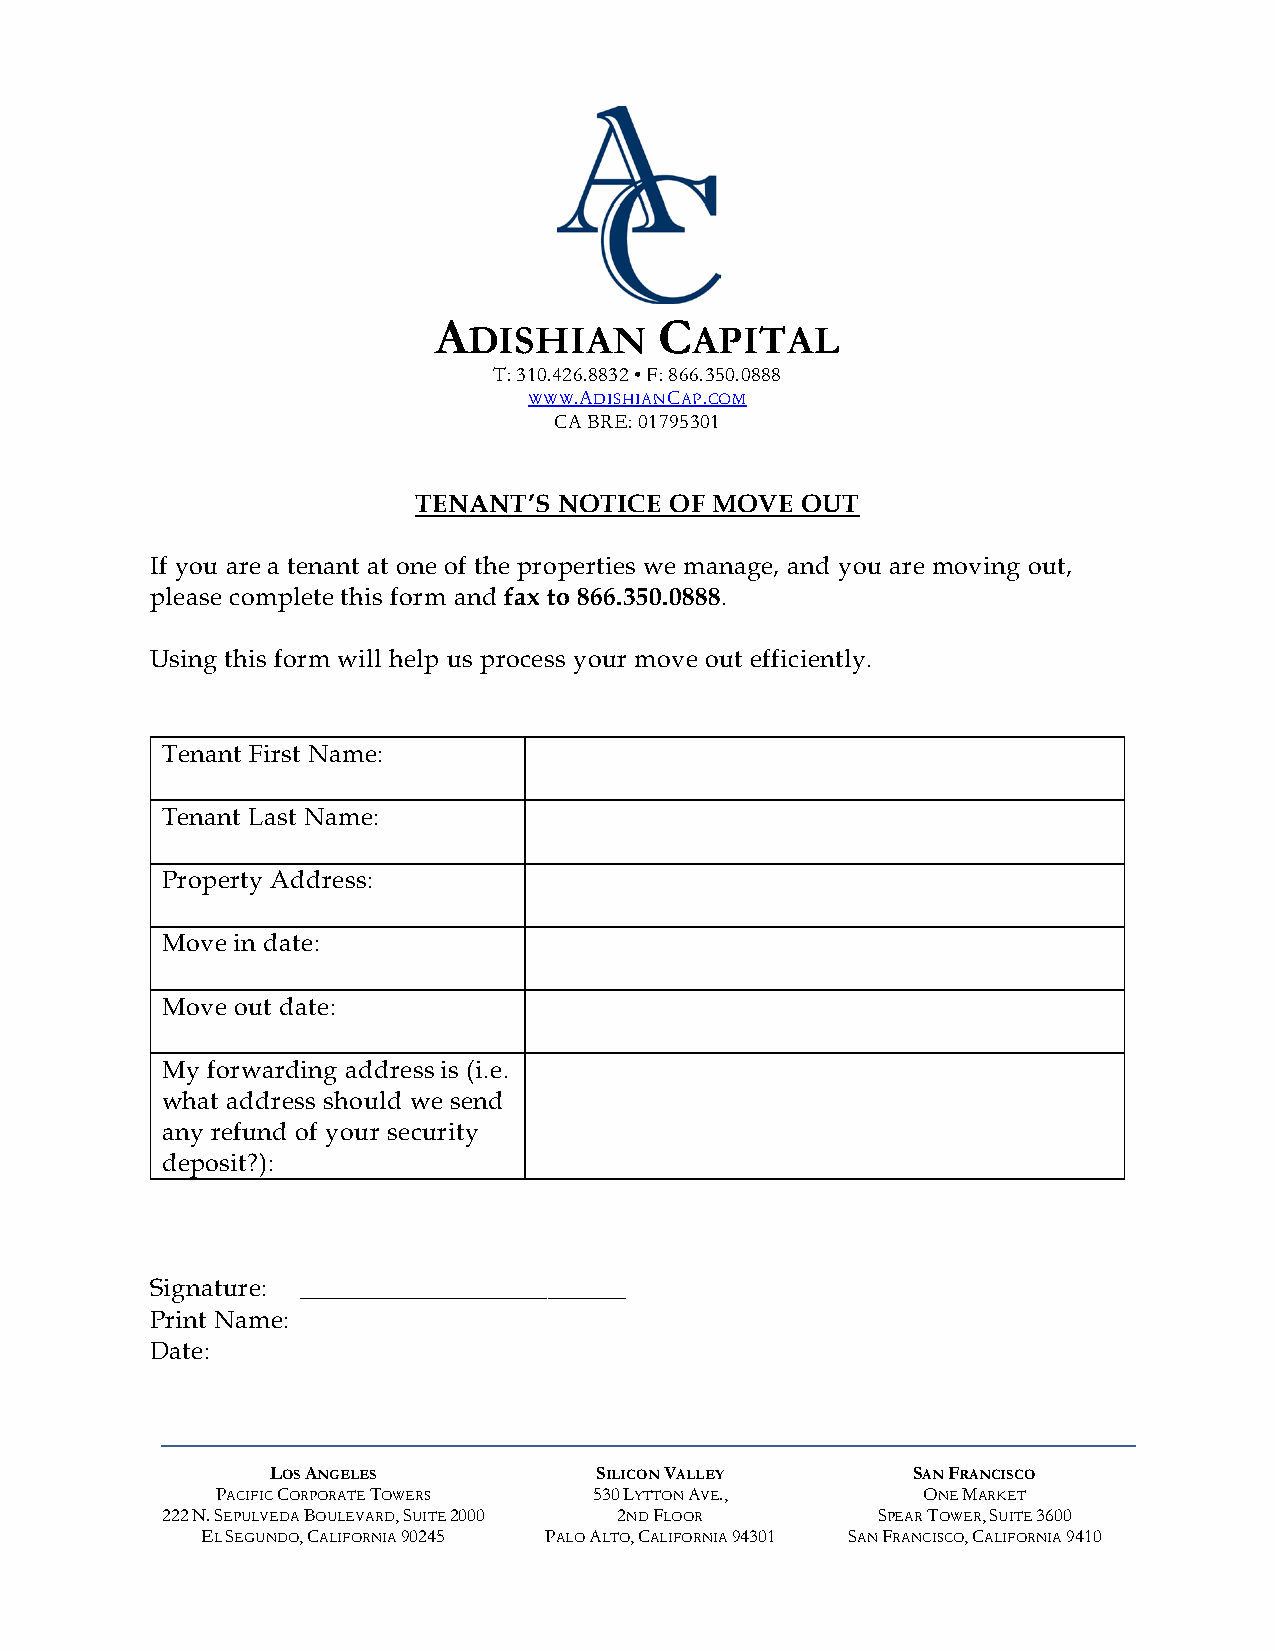
A              C
 DISHIAN        APITAL
 T: 310.426.8832 • F: 866.350.0888
 WWW.ADISHIANCAP.COM
 CA BRE: 01795301
 TENANT’S  NOTICE OF MOVE  OUT
 If you are a tenant at one of the properties we manage, and you are moving out,
 please complete this form and fax to 866.350.0888.
 Using this form will help us process your move out efficiently.
 Tenant First Name:
 Tenant Last Name:
 Property Address:
 Move in date:
 Move out date:
 My forwarding address is (i.e.
 what address should we send
 any refund of your security
 deposit?):
 Signature: _________________________
 Print Name:
 Date:
 LOS ANGELES          SILICON VALLEY       SAN FRANCISCO
 PACIFIC CORPORATE TOWERS 530 LYTTON AVE.,      ONE MARKET
 222 N. SEPULVEDA BOULEVARD, SUITE 2000 2ND FLOOR SPEAR TOWER, SUITE 3600
 EL SEGUNDO, CALIFORNIA 90245 PALO ALTO, CALIFORNIA 94301 SAN FRANCISCO, CALIFORNIA 9410